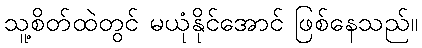
သူ့စိတ်ထဲတွင် မယုံနိုင်အောင် ဖြစ်နေသည်။